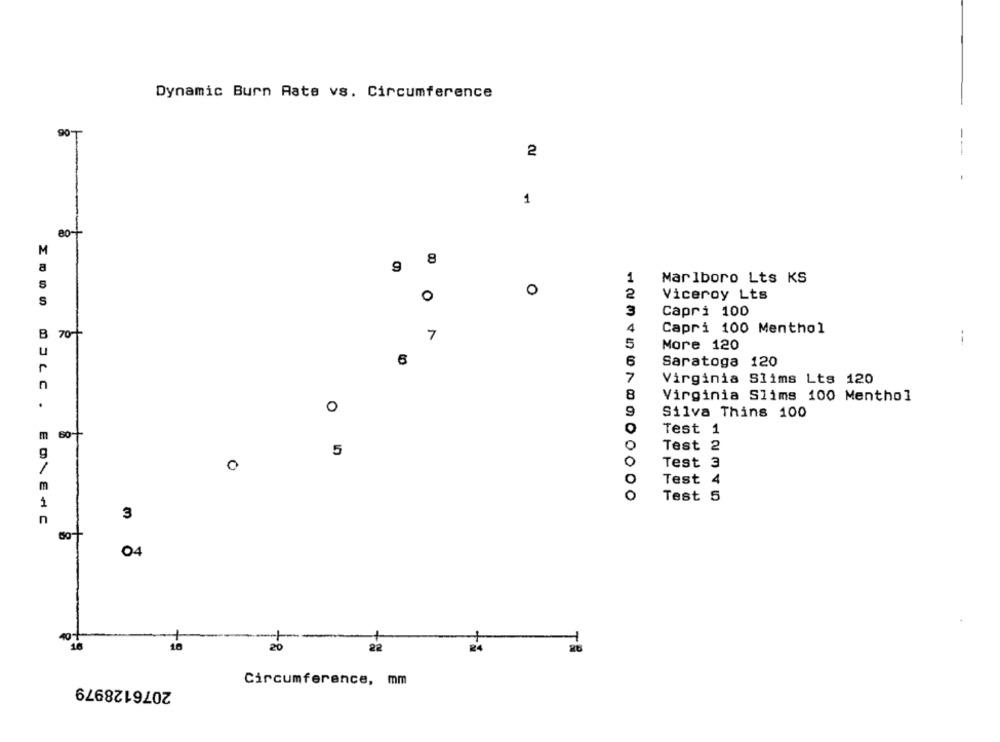
Dynamic Burn Rate vs. Circumference
90-
2
1
80+
M
8
8
9
1
Marlboro Lts KS
O
2
Viceroy Lts
S
0
3
Capri 100
B 70+
4
Capri 100 Menthol
B
5
More 120
U
6
6
Saratoga 120
7
Virginia Slims Lts 120
8
Virginia Slims 100 Menthol
0
9
Silva Thins 100
m
60-
Test 1
0
g
5
Test 2
0
Test 3
O
Test 4
m
0
Test 5
n
3
04
16
16
20
22
2076128979
Circumference, mm